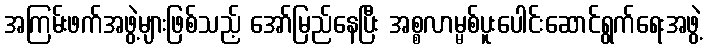
အကြမ်းဖက်အဖွဲ့များဖြစ်သည့် အော်မြည်နေပြီး အစ္စလာမ္မစ်ပူးပေါင်းဆောင်ရွက်ရေးအဖွဲ့